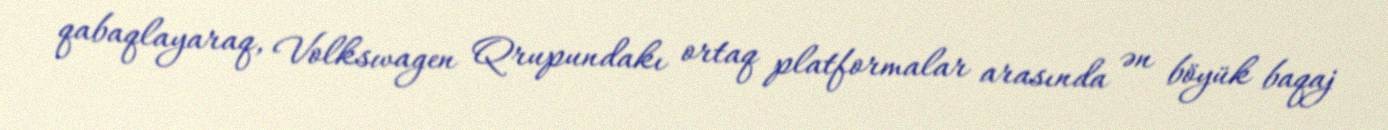
qabaqlayaraq, Volkswagen Qrupundakı ortaq platformalar arasında ən böyük baqaj